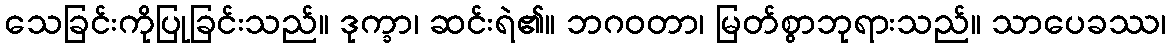
သေခြင်းကိုပြုခြင်းသည်။ ဒုက္ခာ၊ ဆင်းရဲ၏။ ဘဂဝတာ၊ မြတ်စွာဘုရားသည်။ သာပေခဿ၊